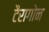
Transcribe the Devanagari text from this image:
टैरागोन